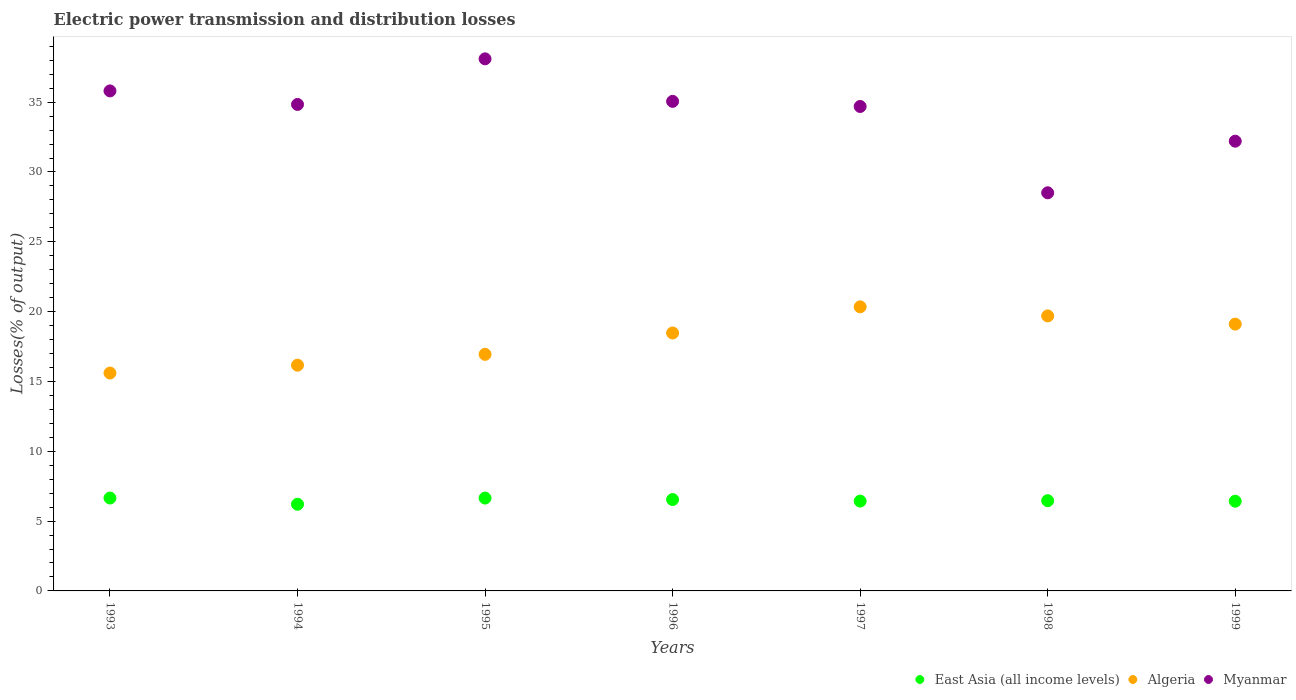
| Years | East Asia (all income levels) | Algeria | Myanmar |
 | --- | --- | --- | --- |
 | 1993 | 6.65 | 15.6 | 35.8 |
 | 1994 | 6.21 | 16.2 | 34.8 |
 | 1995 | 6.65 | 16.9 | 38.1 |
 | 1996 | 6.54 | 18.5 | 35.1 |
 | 1997 | 6.43 | 20.3 | 34.7 |
 | 1998 | 6.46 | 19.7 | 28.5 |
 | 1999 | 6.42 | 19.1 | 32.2 |